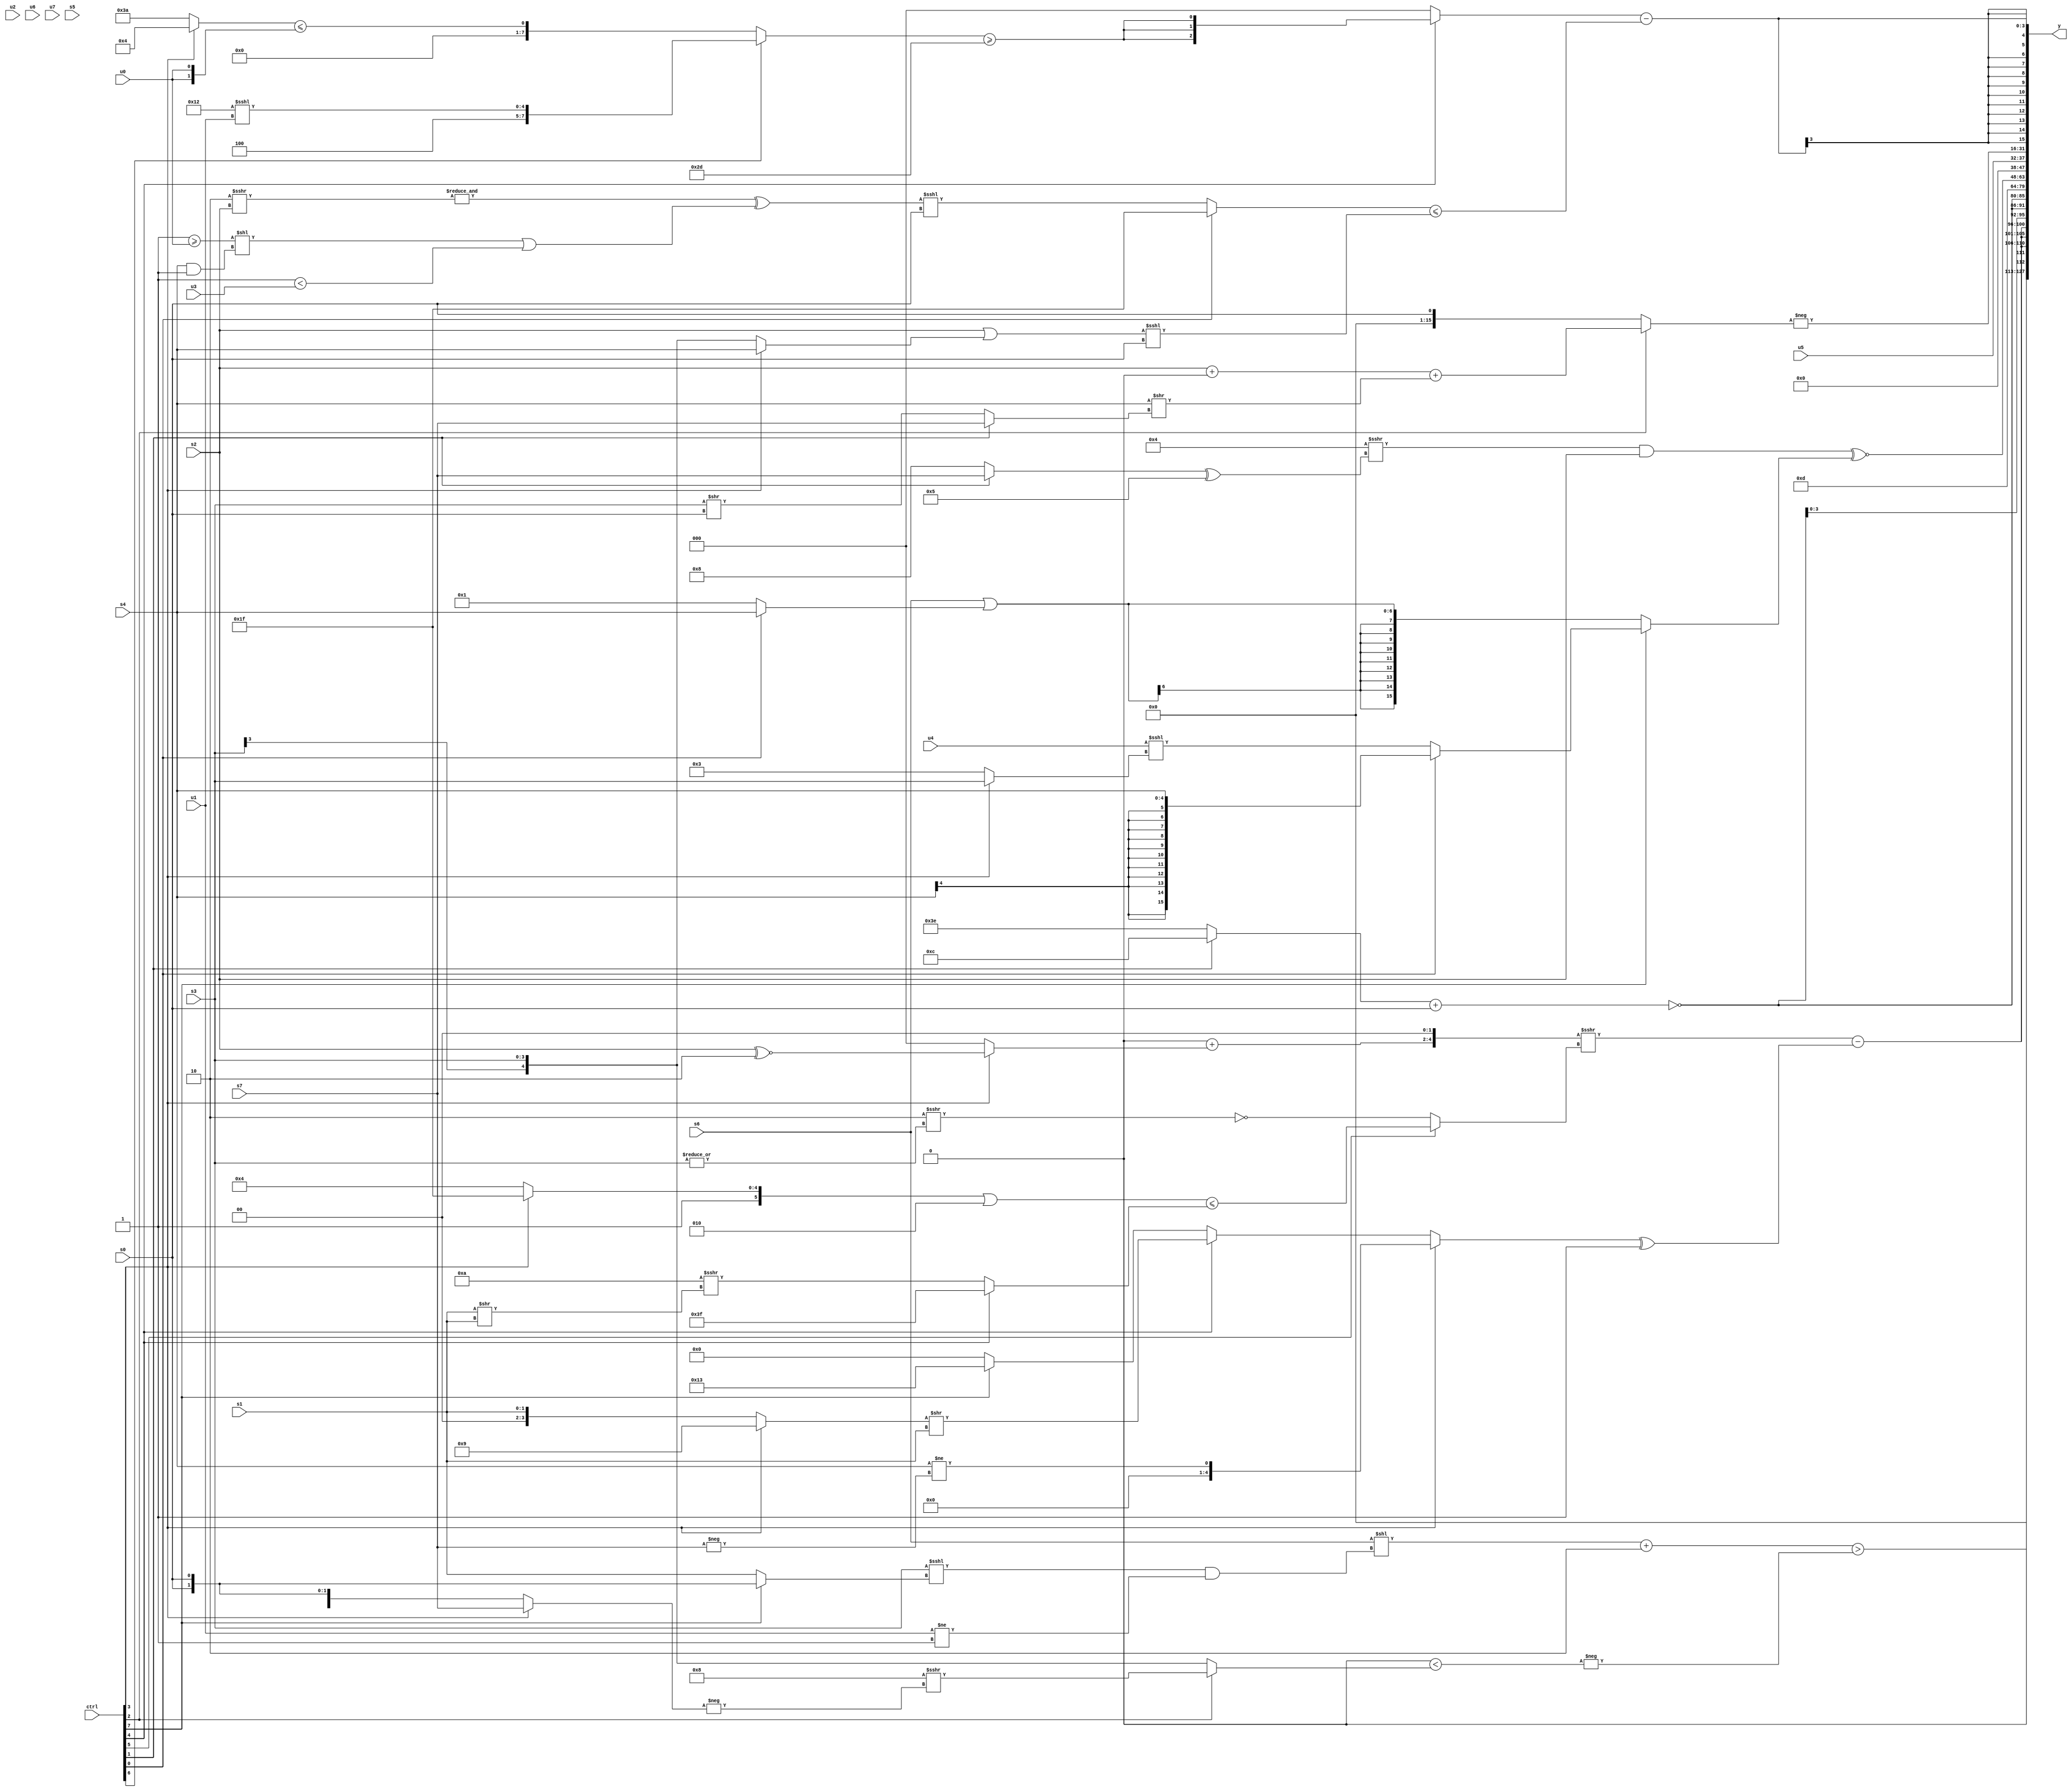
module wideexpr_00539(ctrl, u0, u1, u2, u3, u4, u5, u6, u7, s0, s1, s2, s3, s4, s5, s6, s7, y);
  input [7:0] ctrl;
  input [0:0] u0;
  input [1:0] u1;
  input [2:0] u2;
  input [3:0] u3;
  input [4:0] u4;
  input [5:0] u5;
  input [6:0] u6;
  input [7:0] u7;
  input signed [0:0] s0;
  input signed [1:0] s1;
  input signed [2:0] s2;
  input signed [3:0] s3;
  input signed [4:0] s4;
  input signed [5:0] s5;
  input signed [6:0] s6;
  input signed [7:0] s7;
  output [127:0] y;
  wire [15:0] y0;
  wire [15:0] y1;
  wire [15:0] y2;
  wire [15:0] y3;
  wire [15:0] y4;
  wire [15:0] y5;
  wire [15:0] y6;
  wire [15:0] y7;
  assign y = {y0,y1,y2,y3,y4,y5,y6,y7};
  assign y0 = (((s6)<<($signed(((s3)<<<((ctrl[7]?s0:s1)))&(&((u1)!=(1'sb1))))))+(2'sb10))>(-((($signed(4'sb0100))>>>(4'sb1001))<((ctrl[2]?(5'sb11000)>>>(-((ctrl[3]?s7:s0))):s3))));
  assign y1 = {3{((((($signed((s0)+(5'sb00001)))<<(5'sb00100))+(((ctrl[3]?(s2)^~(2'sb10):3'sb000))>>>(1'sb0)))<<<(3'sb010))>>>((ctrl[5]?($signed(((ctrl[3]?1'sb1:6'sb100100))|(4'sb0010)))<=((ctrl[4]?4'sb1111:(4'sb1010)>>>((s1)>>(s1)))):(3'sb000)==($signed(((4'sb1101)>>>(2'sb01))>>>(|(s3)))))))-(((ctrl[3]?+((s4)!=($signed(-(s7)))):(ctrl[4]?+(((ctrl[3]?4'sb1001:s1))>>(s1)):(ctrl[7]?$signed($signed(5'b10011)):1'sb0))))^(2'sb01))}};
  assign y2 = {3{~(((ctrl[1]?6'sb001100:2'sb10))+(s0))}};
  assign y3 = 6'b001101;
  assign y4 = ((($signed(5'sb00100))>>>(((ctrl[1]?s7:5'sb01000))^(+(4'sb0101))))&(s2))^~((ctrl[7]?(ctrl[0]?s4:($signed(u4))<<<((ctrl[3]?s3:2'b11))):$signed(($signed(s6))|((ctrl[0]?s4:2'sb01)))));
  assign y5 = u5;
  assign y6 = -((ctrl[2]?+(((s2)+({1{(s4)<<(6'b101001)}}))+((s4)>>((ctrl[1]?$signed(s7):(s3)>>(s0))))):s0));
  assign y7 = ((ctrl[4]?{3{+(((ctrl[6]?$signed({$signed(4'sb0100),(5'sb10010)<<<(u1)}):((ctrl[3]?{3'b100}:6'b111010))<=({2{(u0)|(1'b0)}})))>=(6'sb101101))}}:($signed($signed((2'sb01)!=({1{((ctrl[6]?6'b000100:6'b110000))^($signed(s3))}}))))==({$signed((-($unsigned(-(u0))))>>>((((5'sb00000)&(4'sb0000))&((1'sb1)^~(s1)))>(s0))),4'sb0011,$signed($signed($signed($unsigned((ctrl[2]?2'sb10:1'sb0)))))})))-(((ctrl[0]?1'sb1:($signed((&((3'sb110)>>>((s2)>>(2'sb00))))^((((1'b1)>=(u0))<<((s4)&(2'sb11)))|($signed((1'b1)<(u3))))))<<<(s0)))<=(((s2)|((ctrl[3]?s4:s3)))<<<(s0)));
endmodule